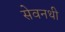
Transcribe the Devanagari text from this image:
सेवनथी